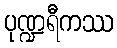
ပုဏ္ဍရီကဿ